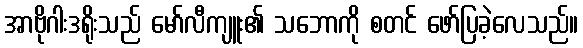
အာဗိုဂါးဒရိုးသည် မော်လီကျူး၏ သဘောကို စတင် ဖော်ပြခဲ့လေသည်။